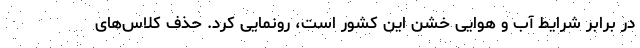
در برابر شرایط آب و هوایی خشن این کشور است، رونمایی کرد. حذف کلاس‌های